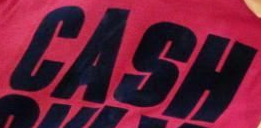
CASH